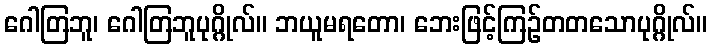
ဂေါတြဘူ၊ ဂေါတြဘူပုဂ္ဂိုလ်။ ဘယူမရတော၊ ဘေးဖြင့်ကြဉ်တတသောပုဂ္ဂိုလ်။